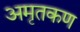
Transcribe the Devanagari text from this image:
अमृतकण